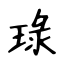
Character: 琭